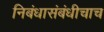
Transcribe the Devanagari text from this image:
निबंधासंबंधीचाच